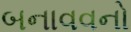
બનાવવનો